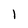
Character: l